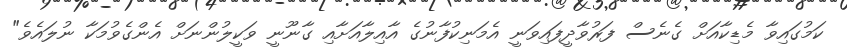
ކަމުގައިވާ މެޑިކާއަށް ގެނެސް ފަރުވާދީފައިވަނީ އެމަނިކުފާނުގެ އާއިލާއަށާއި ގާނޫނީ ވަކީލުންނަށް އެންގެވުމަކާ ނުލައެވެ"